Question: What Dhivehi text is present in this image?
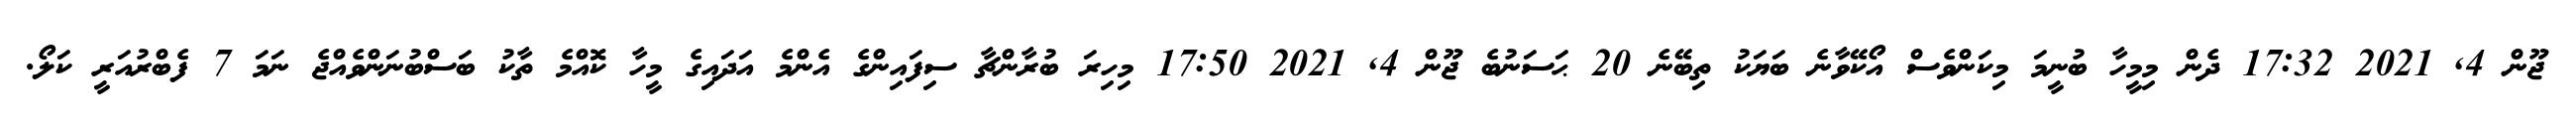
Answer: ޖޫން 4, 2021 17:32 ދެން މިމީހާ ބުނީމަ މިކަންވެސް އޯކޭވާނެ ބަޔަކު ތިބޭނެ 20 ޙަސަނުބެ ޖޫން 4, 2021 17:50 މިހިރަ ބުރާންޗާ ސިފައިންގެ އެންމެ އަދައިގެ މީހާ ކޮއްމެ ތާކު ބަސްބުނަންވެއްޖެ ނަމަ 7 ފެބްރުއަރީ ކަލޯ.